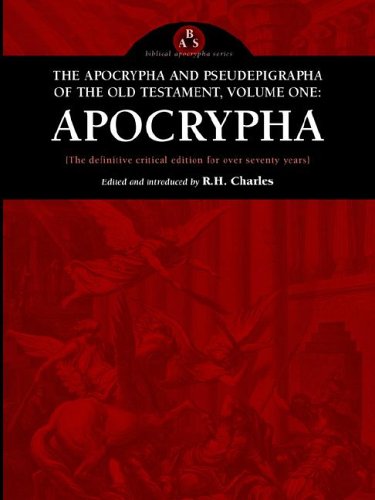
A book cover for The Apocrypha and Pseudepigrapha of the Old Testament: Apocrypha; Christian Books & Bibles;